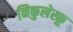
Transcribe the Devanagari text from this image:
निकुलेस्कू